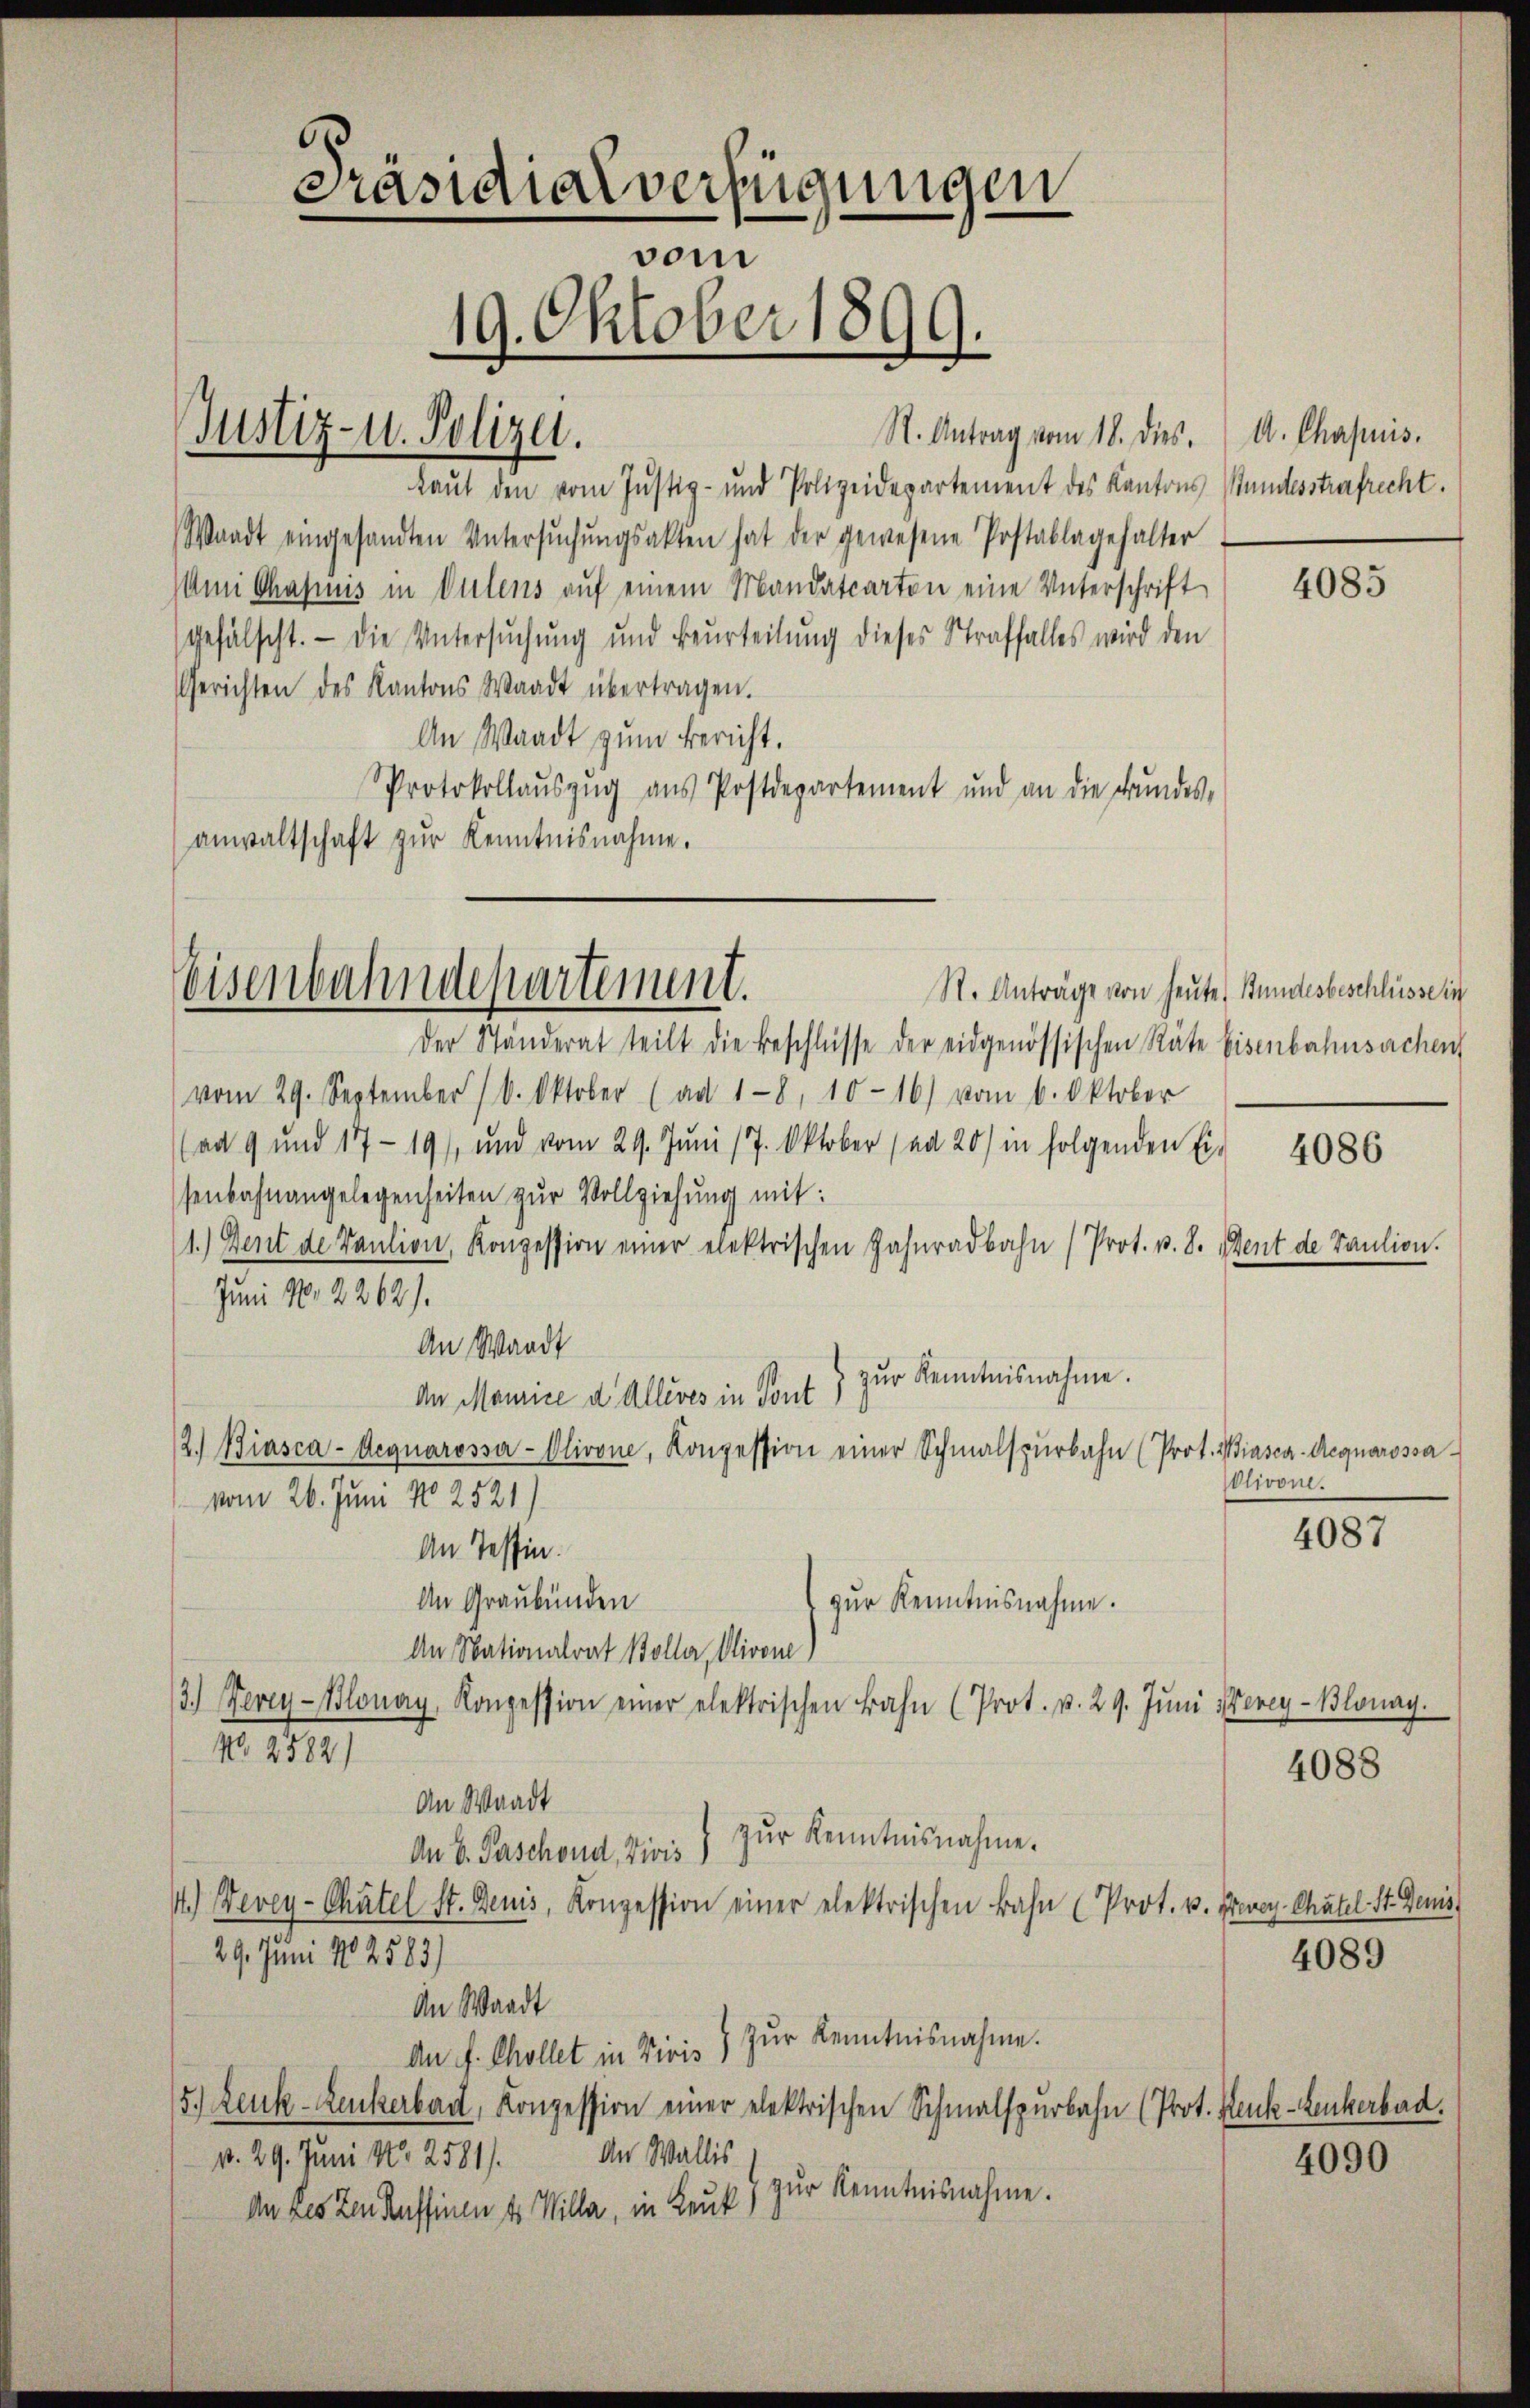
Laut den vom Justiz- und Polizeidepartement des Kantons Bundesstrafrecht.
Waadt eingesandten Untersŭchŭngsakten hat der gewesene Postablagehalter
Ami Chasinis in Gutens auf einem Mandatcarten eine Unterschrift
gefälscht. — Die Untersuchung und Beurteilung dieses Straffalles wird den
Gerichten des Kantons Waadt übertragen.
An Waadt zum Bericht.
Protokollaŭszŭg aŭs Postdepartement und an die Bŭndes-
anwaltschaft zur Kenntnisnahme.

Präsidialverfügungen
vom
19. Oktober 1899.

Justiz- u. Polizei.

Eisenbahndepartement.

der Ständerat teilt die Beschlüsse der eidgenössischen Räte Eisenbahnsachen
vom 29. September 10. Oktober (ad 18, 10-16) vom 6. Oktober
(ad 9 und 17-19), und vom 29. Juni 17. Oktober (an 20/ in folgenden Eis 4086
senbahnangelegenheiten zŭr Vollziehung mit:
1.) Dent de Vaution, Konzession einer elektrischen Zahnradbahn (Prot. v. 8. Ment de Paulion.
Juni No 2262).
An Waadt
zŭr Kenntnisnahme.
An Maurice d. Allives in Tont
12.) Biasca-Aequarossa-Olivone, Konzession einer Schmalspürbahn (Prot. Miasca-Aequarossavom 26. Juni 182521)
An Tessin.
An Graubünden
zŭr Kenntnisnahme.
An Nationalrat Boller, Olivone)
3.) Bevey-Blonay, Konzession einer elektrischen Bahn (Prot. p. 29. Jŭni Merey-Blonay.
No. 2582)
An Waadt
zŭr Kenntnisnahme.
An V. Paschond, Divis)
14.) Nevey- Chätel St. Genis, Konzession einer elektrischen Bahn (Prot. v.
29. Juni 182583)
An Waadt
Zŭr Kenntnisnahme.
An f. Collet in Divis)
5.) Leuk-Leukerbad, Konzession einer elektrischen Schmalspurbahn (Prot. Denk-Lenkerbad.
An Wallis
p. 29. Juni No 2581).
zur Kenntnisnahme.
An besten deffinen 4. Willa, in Leuk

R. Antrag vom 18. dies. A. Chapuis.

Olivone.

St. Anträge von heute, Bundesbeschlüsse in

4085

4087

4088

Pevey Chätel-St. Genis

4089

4090